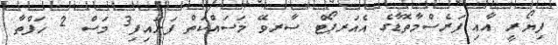
ފިޔޯރީ އާއި ފަރެސްމާތޮޑާގެ އެއަރޕޯޓް ސާރވޭ މަސައްކަތް ފަށައިފި3 މަސް 2 ހަފްތާ